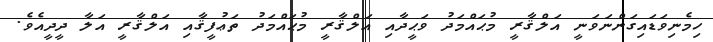
ހިމެނިވަޑައިގަންނަވަނީ އަލްޤާރީ މުޙައްމަދު ވަޙީދާއި އަލްޤާރީ މުޙައްމަދު ތަޢުފީޤާއި އަލްޤާރީ އަލާ ދީދީއެވެ.